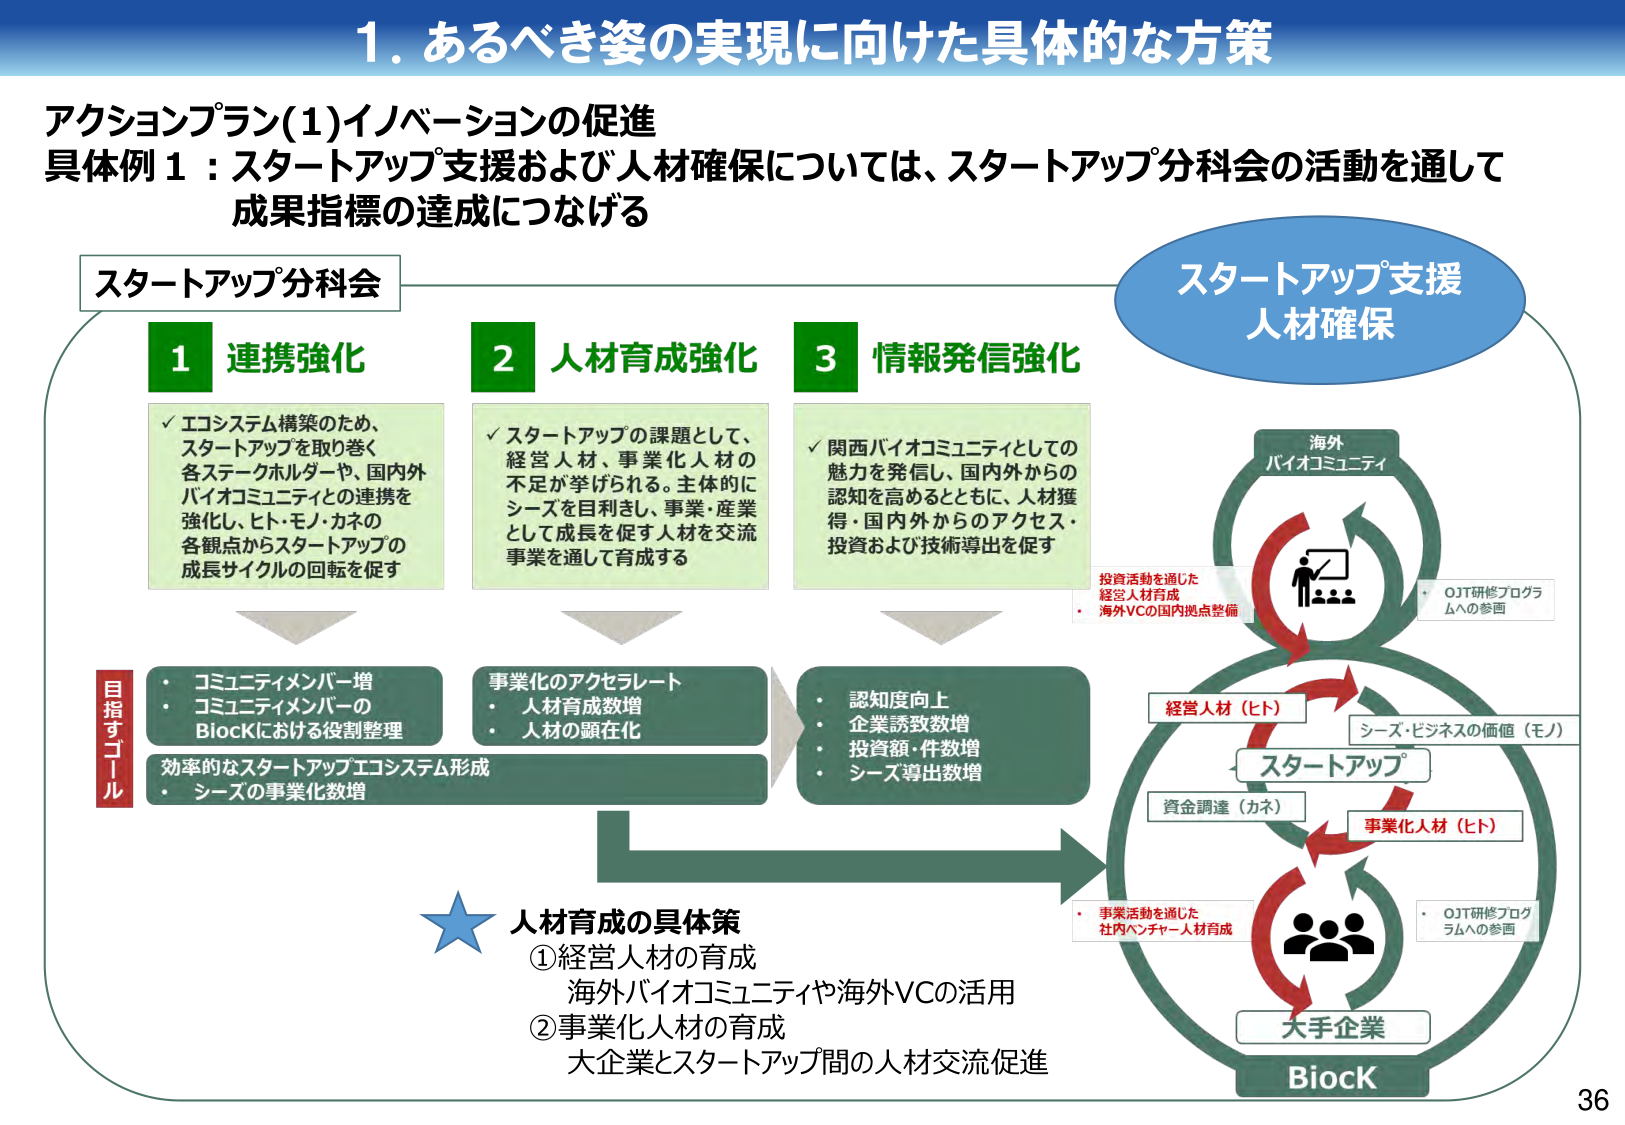
1. あるべき姿の実現に向けた具体的な方策

アクションプラン(1)イノベーションの促進
具体例1：スタートアップ支援および人材確保については、スタートアップ分科会の活動を通して
成果指標の達成につなげる

スタートアップ分科会

1 連携強化
✓ エコシステム構築のため、
スタートアップを取り巻く
各ステークホルダーや、国内外
バイオコミュニティとの連携を
強化し、ヒト・モノ・カネの
各観点からスタートアップの
成長サイクルの回転を促す

2 人材育成強化
✓ スタートアップの課題として、
経営人材、事業化人材の
不足が挙げられる。主体的に
シーズを目利きし、事業・産業
として成長を促す人材を交流
事業を通して育成する

3 情報発信強化
✓ 関西バイオコミュニティとしての
魅力を発信し、国内外からの
認知を高めるとともに、人材獲得・国内外からのアクセス・
投資および技術導出を促す

目指すゴール
・ コミュニティメンバー増
・ コミュニティメンバーの
BiocKにおける役割整理
効率的なスタートアップエコシステム形成
・ シーズの事業化数増

・ 事業化のアクセラレート
・ 人材育成数増
・ 人材の顕在化

・ 認知度向上
・ 企業誘致数増
・ 投資額・件数増
・ シーズ導出数増

人材育成の具体策
①経営人材の育成
海外バイオコミュニティや海外VCの活用
②事業化人材の育成
大企業とスタートアップ間の人材交流促進

スタートアップ支援
人材確保

海外
バイオコミュニティ
・ OJT研修プログラムへの参画
投資活動を通じた
経営人材育成
・ 海外VCの国内拠点整備

経営人材（ヒト）
シーズ・ビジネスの価値（モノ）
スタートアップ
資金調達（カネ）
事業化人材（ヒト）
・ 事業活動を通じた
社内ベンチャー人材育成
・ OJT研修プログラムへの参画

大手企業
BiocK

36